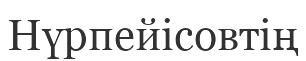
Нүрпейісовтің